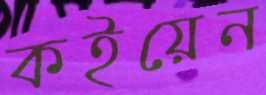
কইয়েন